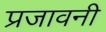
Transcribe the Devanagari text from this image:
प्रजावनी